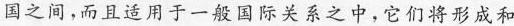
国之间，而且适用于一般国际关系之中，它们将形成和